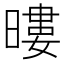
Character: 𭧖